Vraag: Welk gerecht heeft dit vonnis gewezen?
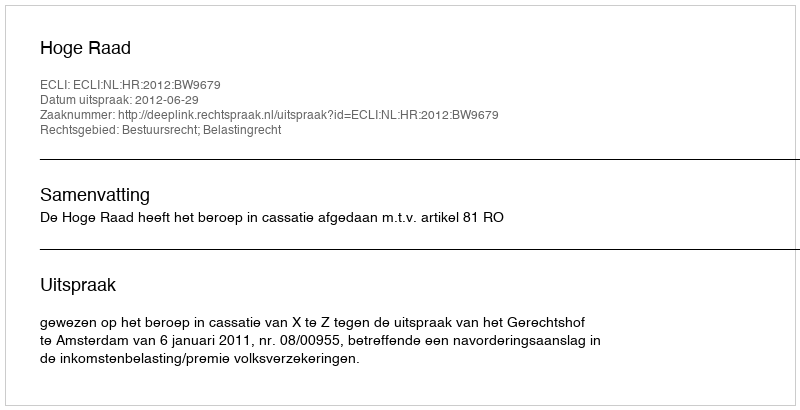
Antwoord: Hoge Raad